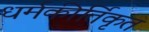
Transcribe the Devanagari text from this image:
धर्मकीर्तिकृत